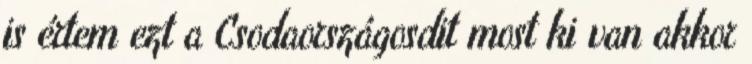
is értem ezt a Csodaországosdit most ki van akkor